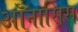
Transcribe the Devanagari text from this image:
ऑनासिस